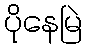
ပိုနေမြဲ